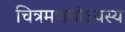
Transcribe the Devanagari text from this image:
चित्रमणयोऽयस्य